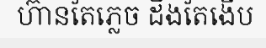
ហ៊ានតែភ្លេច ដឹងតែងើប